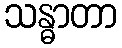
သန္ဓာတာ